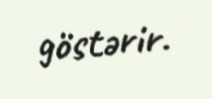
göstərir.